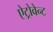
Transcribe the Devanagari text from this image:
ऐट्रोवेन्ट